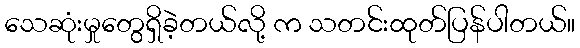
သေဆုံးမှုတွေရှိခဲ့တယ်လို့ က သတင်းထုတ်ပြန်ပါတယ်။